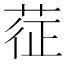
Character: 𦲵